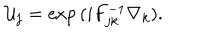
{ \cal U } _ { j } = \mathrm { e x p } \, ( i F _ { j k } ^ { - 1 } \nabla _ { k } ) .